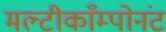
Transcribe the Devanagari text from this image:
मल्टीकाँम्पोनंट